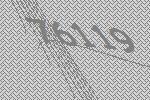
76119